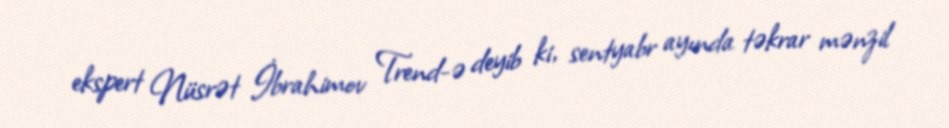
ekspert Nüsrət İbrahimov Trend-ə deyib ki, sentyabr ayında təkrar mənzil